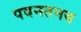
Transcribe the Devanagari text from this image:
पवनतनय